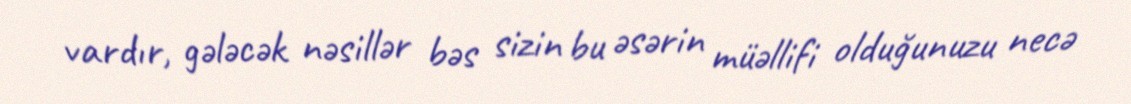
vardır, gələcək nəsillər bəs sizin bu əsərin müəllifi olduğunuzu necə